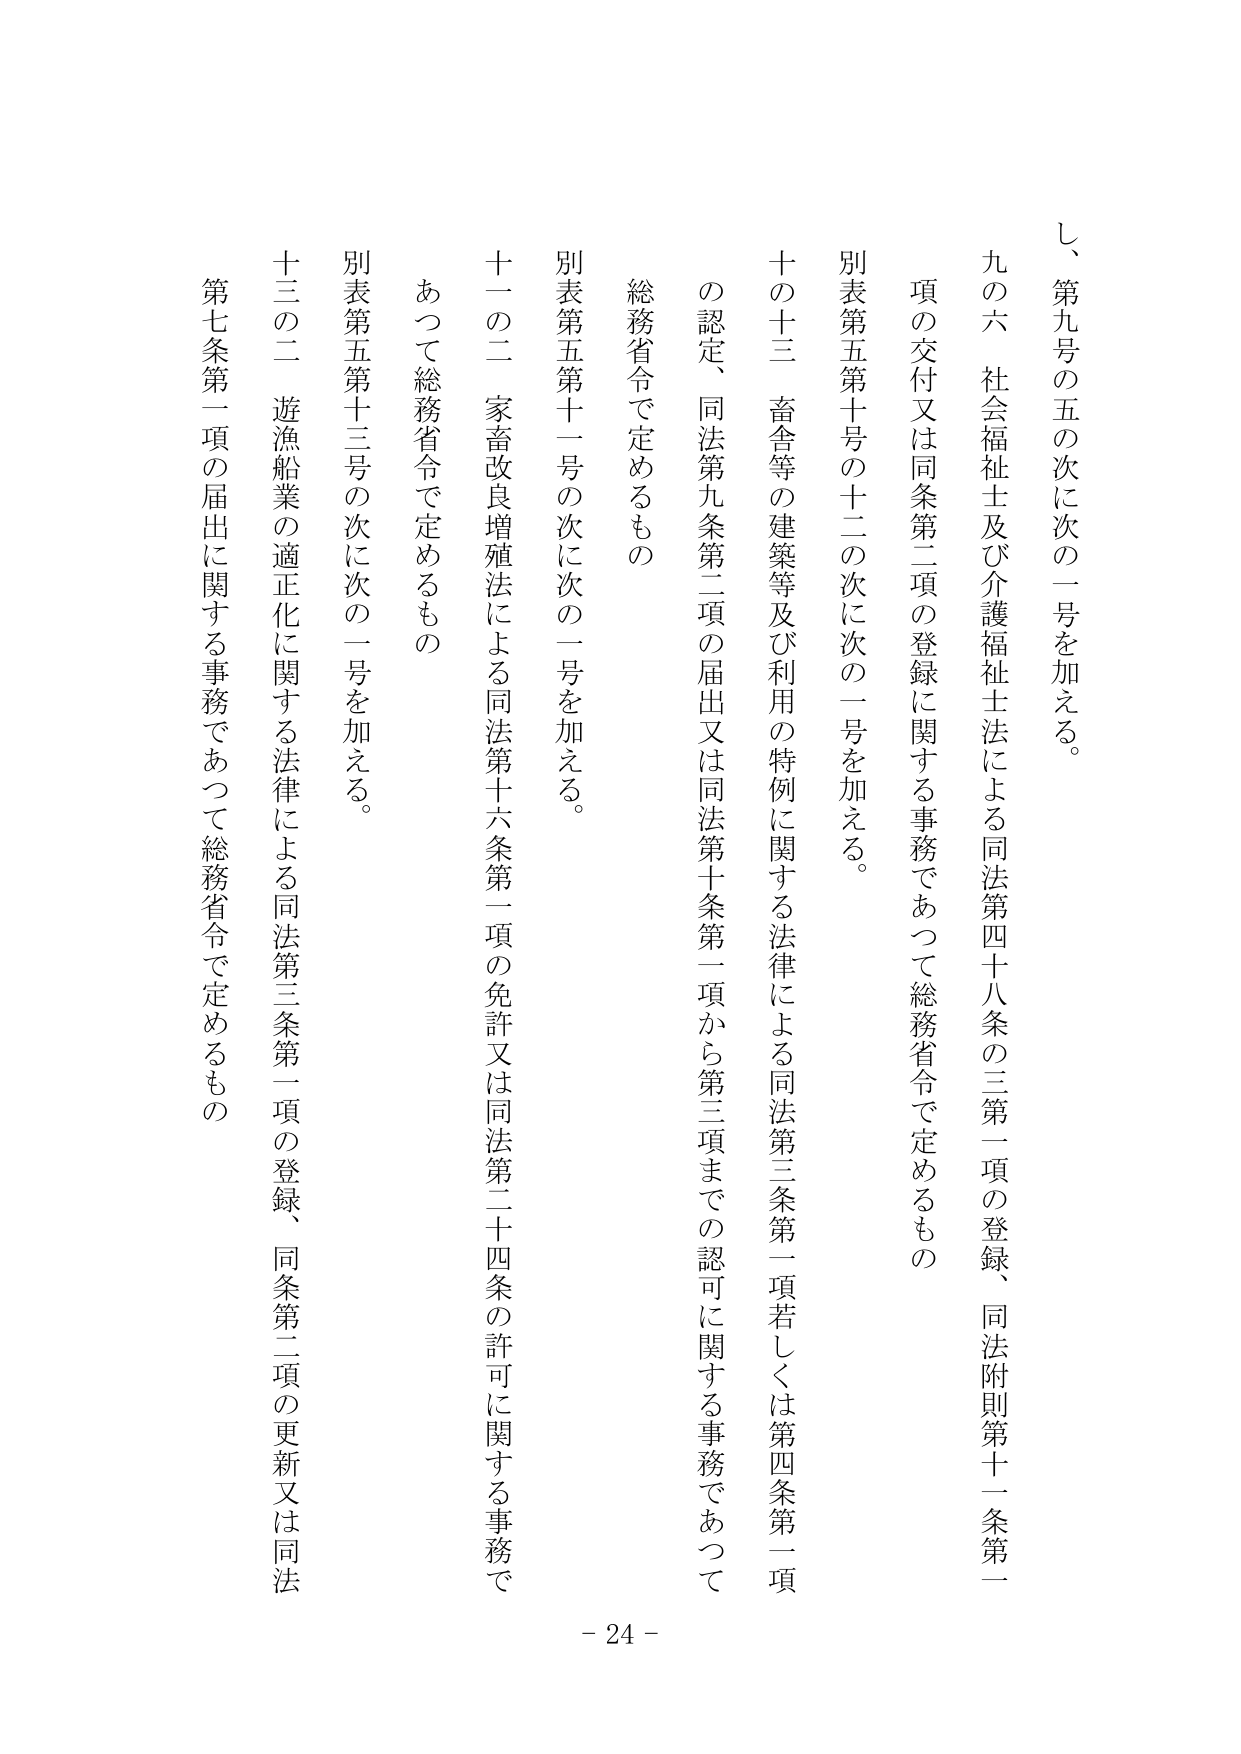
し、第九号の五の次に次の一号を加える。

九の六　社会福祉士及び介護福祉士法による同法第四十八条の三第一項の登録、同法附則第十一條第一項の交付又は同条第二項の登録に関する事務であつて総務省令で定めるもの

別表第五第十号の十二の次に次の一号を加える。

十の十三　畜舎等の建築等及び利用の特例に関する法律による同法第三条第一項若しくは第四条第一項の認定、同法第九条第二項の届出又は同法第十条第一項から第三項までの認可に関する事務であつて総務省令で定めるもの

別表第五第十一号の次に次の一号を加える。

十一の二　家畜改良増殖法による同法第十六条第一項の免許又は同法第二十四条の許可に関する事務であつて総務省令で定めるもの

別表第五第十三号の次に次の一号を加える。

十三の二　遊漁船業の適正化に関する法律による同法第三条第一項の登録、同条第二項の更新又は同法第七条第一項の届出に関する事務であつて総務省令で定めるもの

- 24 -